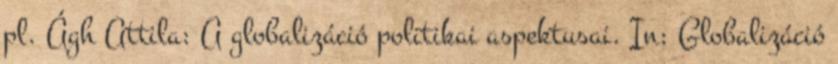
pl. Ágh Attila: A globalizáció politikai aspektusai. In: Globalizáció